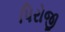
પિરોજી